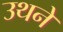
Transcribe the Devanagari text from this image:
उथने